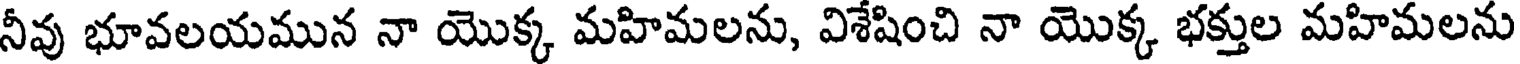
నీవు భూవలయమున నా యొక్క మహిమలను, విశేషించి నా యొక్క భక్తుల మహిమలను